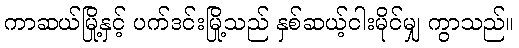
ကာဆယ်မြို့နှင့် ပက်ဒင်းမြို့သည် နှစ်ဆယ့်ငါးမိုင်မျှ ကွာသည်။